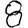
Digit: 8